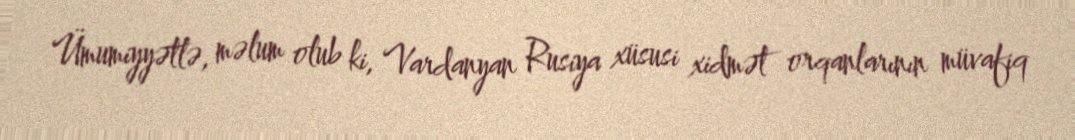
Ümumiyyətlə, məlum olub ki, Vardanyan Rusiya xüsusi xidmət orqanlarının müvafiq